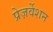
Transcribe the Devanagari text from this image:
प्रेज़र्वेशन